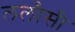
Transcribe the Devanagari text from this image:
ललौसी